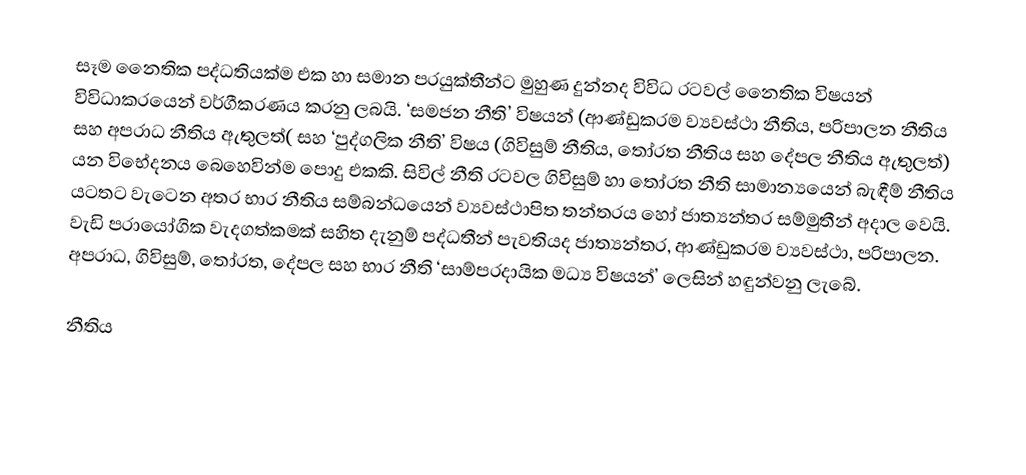
සෑම නෛතික පද්ධතියක්ම එක හා සමාන ප‍්‍රයුක්තීන්ට මුහුණ දුන්නද විවිධ රටවල් නෛතික විෂයන් විවිධාකරයෙන් වර්ගීකරණය කරනු ලබයි. ‘සමජන නීති’ විෂයන් (ආණ්ඩුක‍්‍රම ව්‍යවස්ථා නීතිය, පරිපාලන නීතිය සහ අපරාධ නීතිය ඇතුලත්( සහ ‘පුද්ගලික නීති’ විෂය (ගිවිසුම් නීතිය, තෝරත නීතිය සහ දේපල නීතිය ඇතුලත්) යන විභේදනය බෙහෙවින්ම පොදු එකකි. සිවිල් නීති රටවල ගිවිසුම් හා තෝරත නීති සාමාන්‍යයෙන් බැඳීම් නීතිය යටතට වැටෙන අතර භාර නීතිය සම්බන්ධයෙන් ව්‍යවස්ථාපිත තන්ත‍්‍රය හෝ ජාත්‍යන්තර සම්මුතීන් අදාල වෙයි. වැඩි ප‍්‍රායෝගික වැදගත්කමක් සහිත දැනුම් පද්ධතීන් පැවතියද ජාත්‍යන්තර, ආණ්ඩුක‍්‍රම ව්‍යවස්ථා, පරිපාලන. අපරාධ, ගිවිසුම්, තෝරත, දේපල සහ භාර නීති ‘සාම්ප‍්‍රදායික මධ්‍ය විෂයන්’ ලෙසින් හඳුන්වනු ලැබේ.

නීතිය